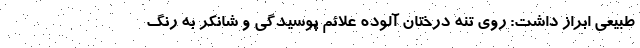
طبیعی ابراز داشت: روی تنه درختان آلوده علائم پوسیدگی و شانکر به رنگ